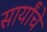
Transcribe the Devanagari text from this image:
सार्यांचे